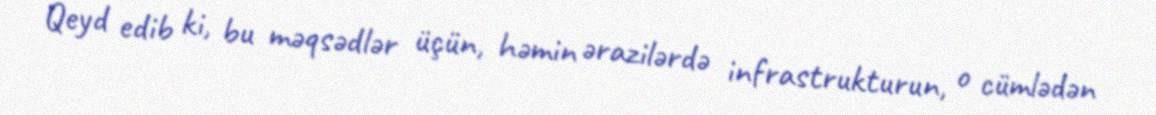
Qeyd edib ki, bu məqsədlər üçün, həmin ərazilərdə infrastrukturun, o cümlədən